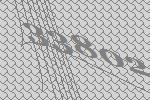
33802